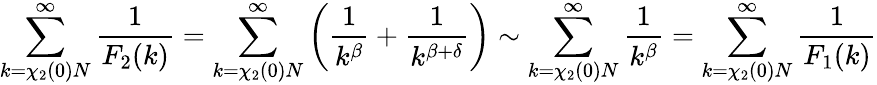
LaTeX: \sum_{k=\chi_{2}(0)N}^{\infty}\frac{1}{F_{2}(k)}=\sum_{k=\chi_{2}(0)N}^{\infty}\left(\frac{1}{k^{\beta}}+\frac{1}{k^{\beta+\delta}}\right)\sim\sum_{k=\chi_{2}(0)N}^{\infty}\frac{1}{k^{\beta}}=\sum_{k=\chi_{2}(0)N}^{\infty}\frac{1}{F_{1}(k)}